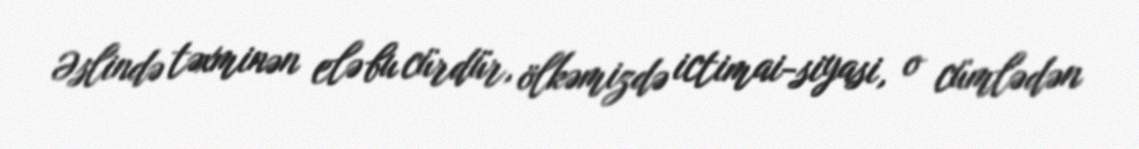
Əslində təxminən elə bu cürdür, ölkəmizdə ictimai-siyasi, o cümlədən